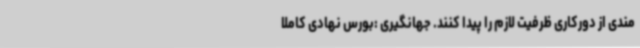
مندی از دورکاری ظرفیت لازم را پیدا کنند. جهانگیری :بورس نهادی کاملا